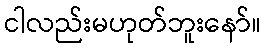
ငါလည်းမဟုတ်ဘူးနော်။